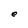
Character: e